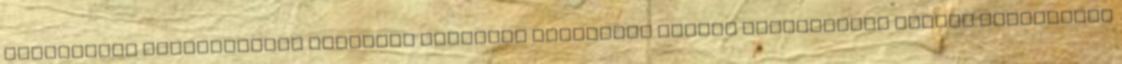
Szükséglet meghatározás Termelés tervezés Beszerzés SODEXO MINDENNAPOK KÁRTYA ELFOGADÁSI